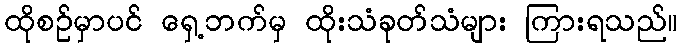
ထိုစဉ်မှာပင် ရှေ့ဘက်မှ ထိုးသံခုတ်သံများ ကြားရသည်။